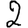
Digit: 2